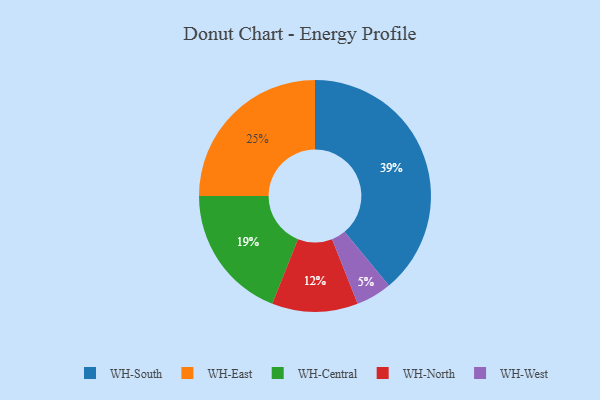
{"axis": {"x": "Category", "y": "Percentage"}, "legend": ["WH-Central", "WH-East", "WH-North", "WH-South", "WH-West"], "data": [{"x": "WH-Central", "y": 19, "type": "WH-Central"}, {"x": "WH-West", "y": 5, "type": "WH-West"}, {"x": "WH-North", "y": 12, "type": "WH-North"}, {"x": "WH-South", "y": 39, "type": "WH-South"}, {"x": "WH-East", "y": 25, "type": "WH-East"}]}